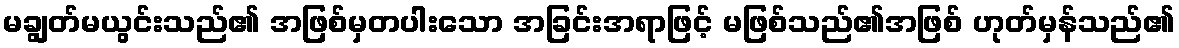
မချွတ်မယွင်းသည်၏ အဖြစ်မှတပါးသော အခြင်းအရာဖြင့် မဖြစ်သည်၏အဖြစ် ဟုတ်မှန်သည်၏